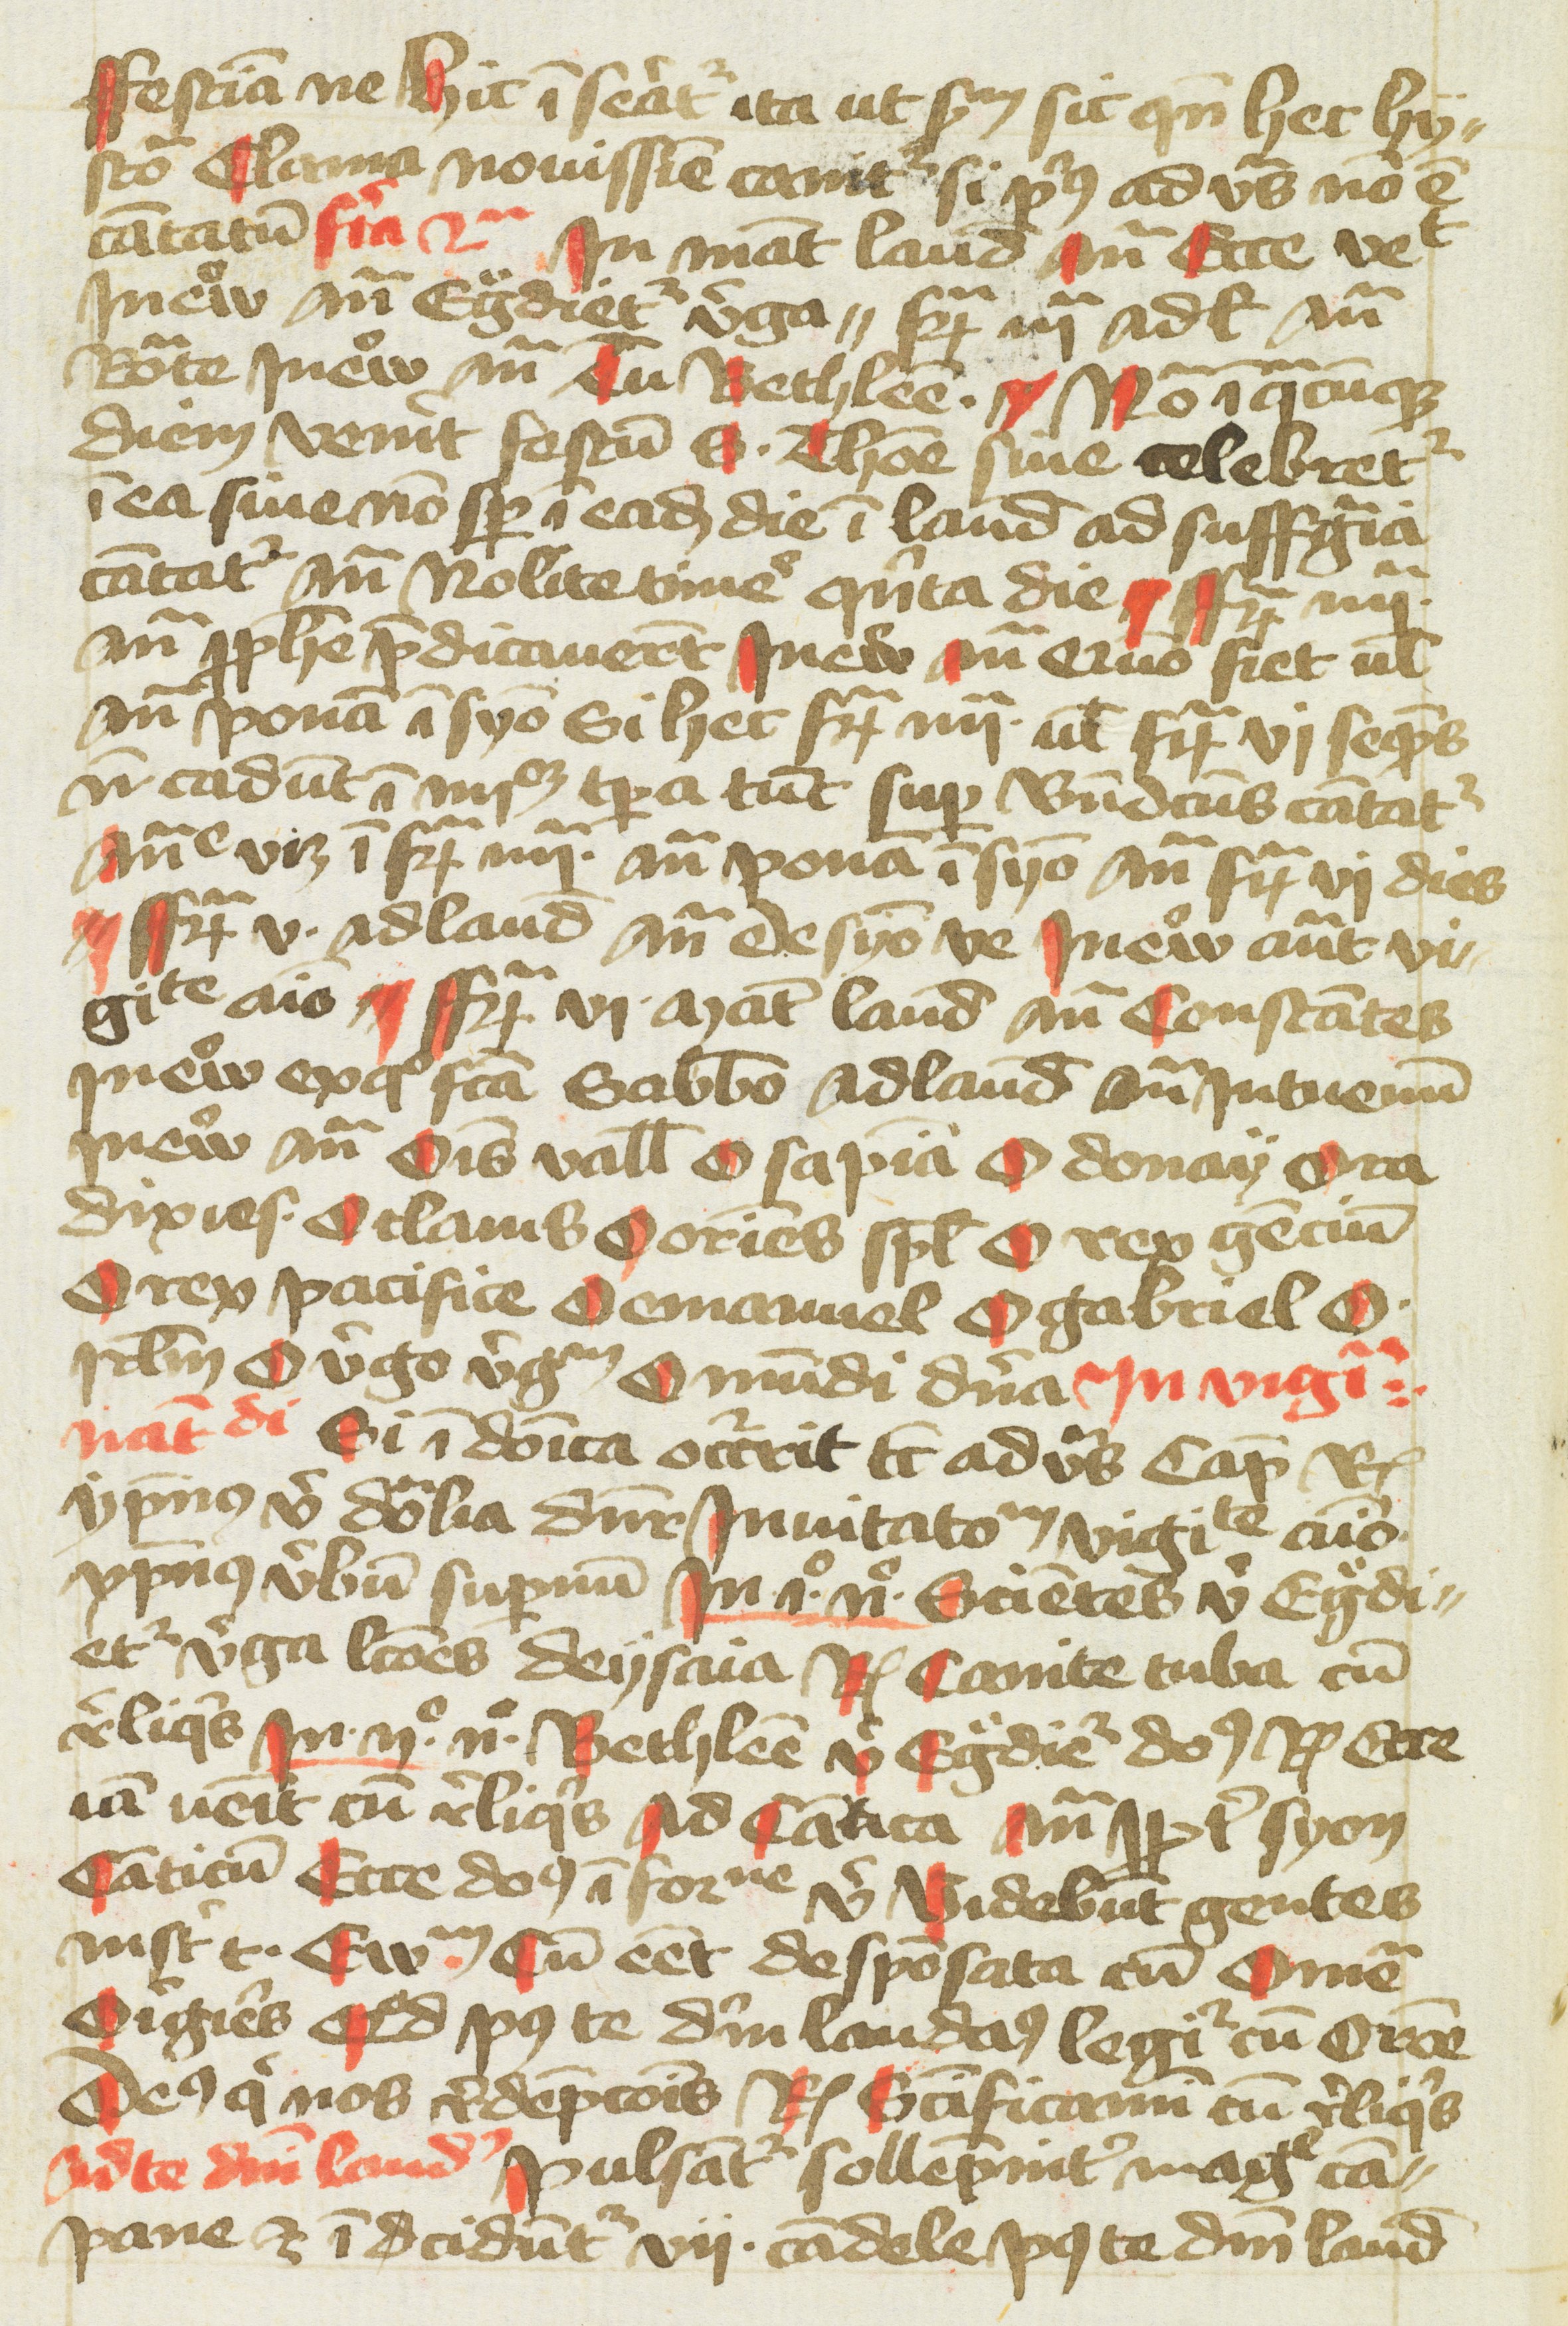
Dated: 1400–1499